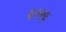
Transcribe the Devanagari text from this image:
६२२६